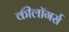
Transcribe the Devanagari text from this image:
कीलॉगर्स